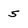
Character: 5